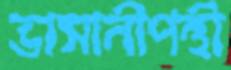
ভাসানীপন্থী